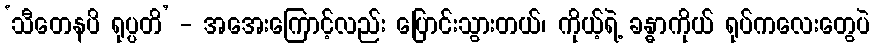
‘သီတေနပိ ရုပ္ပတိ’ - အအေးကြောင့်လည်း ပြောင်းသွားတယ်၊ ကိုယ့်ရဲ့ ခန္ဓာကိုယ် ရုပ်ကလေးတွေပဲ